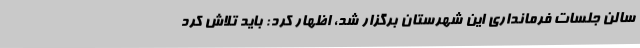
سالن جلسات فرمانداری این شهرستان برگزار شد، اظهار کرد: باید تلاش کرد